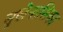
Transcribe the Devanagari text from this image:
सुखेनासिका